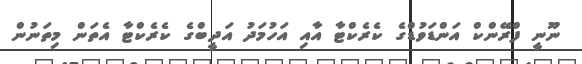
ނޫނީ ފްރޭންކް އަންޑަވުޑްގެ ކެރެކްޓާ އާއި އަހުމަދު އަދީބްގެ ކެރެކްޓާ އެތަން މިތަނުން